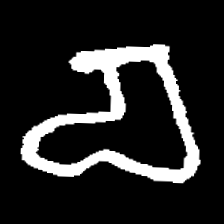
Pyu character \u2014 Myanmar letter: စ (romanized: ca)